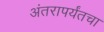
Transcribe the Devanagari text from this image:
अंतरापर्यंतचा